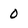
Character: 0